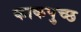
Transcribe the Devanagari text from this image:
काकपुच्छ